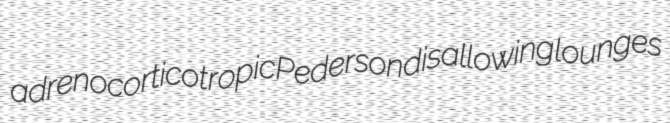
adrenocorticotropic Pederson disallowing lounges